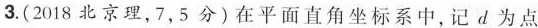
3.(2018北京理，7，5分)在平面直角坐标系中，记d为点